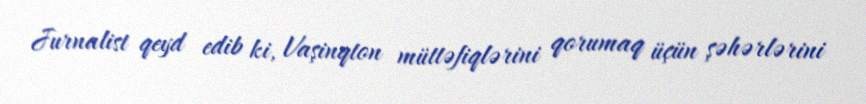
Jurnalist qeyd edib ki, Vaşinqton müttəfiqlərini qorumaq üçün şəhərlərini